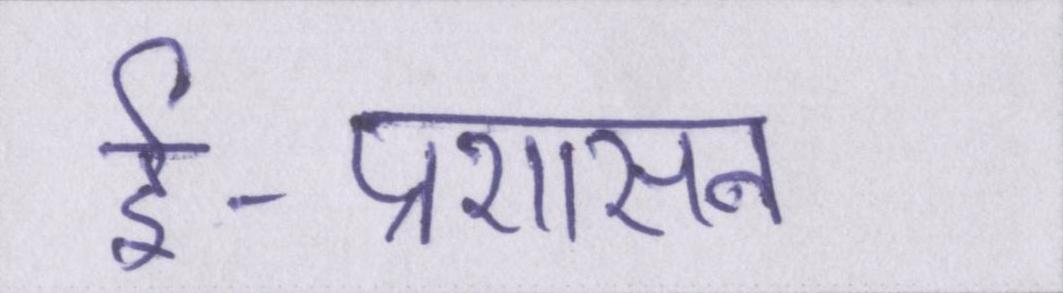
ई-प्रशासन